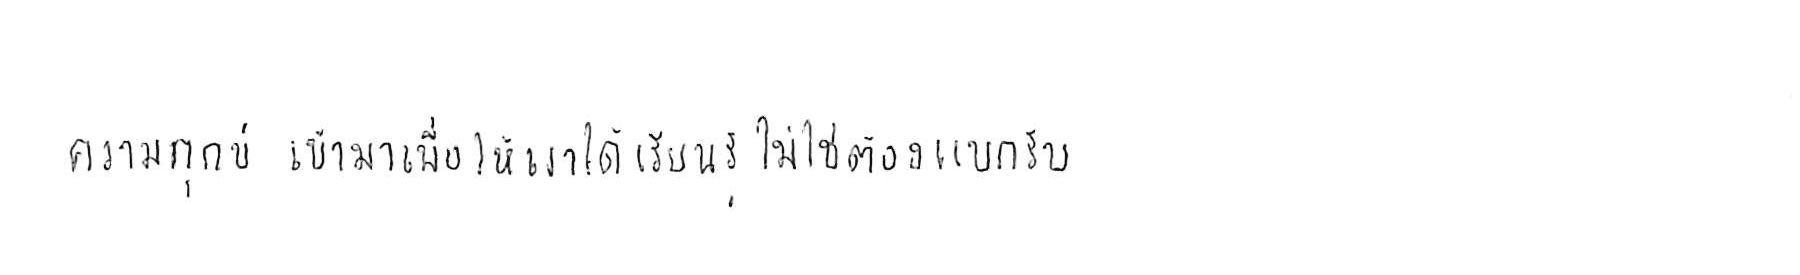
ความทุกข์ เข้ามาเพื่อให้เราได้ เรียนรู้ ไม่ใช่ต้อง แบกรับ